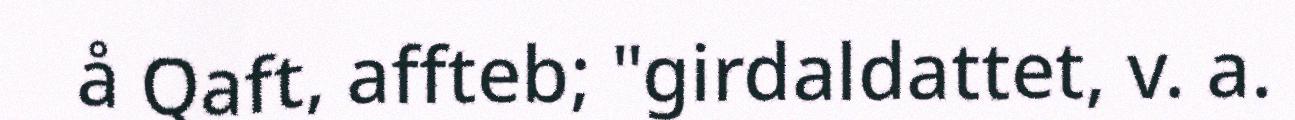
å Qaft, affteb; "girdaldattet, v. a.